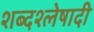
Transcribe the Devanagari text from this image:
शब्दश्लेषादी